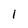
Character: l